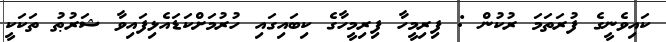
ކައިވެނީގެ ފުރަތަމަ ރުކުން : ފިރިމީހާ ފިރިމީހާގެ ކިބައިގައި ހުރުމަށްކަޑައެޅިފައިވާ ޝަރުޠު ތަކަކީ